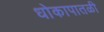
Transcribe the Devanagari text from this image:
धोकापातळी